Medical and sanitary report of the native army of Madras for the year
Year: 1872
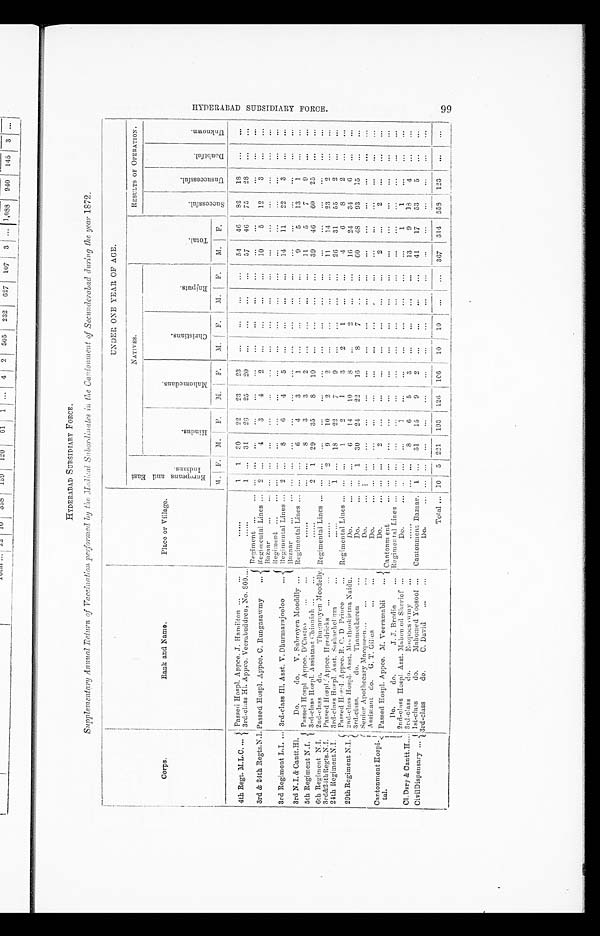
HYDERABAD SUBSIDIARY FORCE.
Supplementary Annual Return of Vaccination performed by the Medical Subordinates in the Cantonment of Secunderabad during the year 1872.
Corps.
Rank and Name.
Place or Village.
UNDER ONE YEAR OF AGE.
E u r o p e a n s a n d E a s t
I n d i a n s .
NATIVES.
T o t a l .
RESULTS OF OPERATION.
H i n d u s .
M a h o m e d a n s .
C h r i s t i a n s .
R a j p u t s .
S u c c e s s f u l .
U n s u c c e s s f u l .
D o u b t f u l .
U n k n o w n .
M .
F. M.
F .
M .
F .
M.
F .
M .
F .
M.
F.
4th Regt. M.L.C.
Passed Hospl. Appce. J. Hamilton
. . .
1
1
2 0
22
23
23
. . .
. . .
. . .
...
54
46
82
18
. . .
. . .
3rd-class Hl. Appce. Veerabuddren, No. 800.
...
1 ... 31
26
25
20
...
. . .
. . .
. . .
57
46 75
28
. . .
. . .
3rd & 24th Regts.N.I.
Passed Hospl. Appce. C. Rungasawmy
Regiment
. . .
. . .
. . .
...
...
. . .
. . .
. . .
. . .
. . .
. . .
. . .
. . .
. . .
. . .
. . .
Regimental Lines
2 ...
4
3
4
2
. . .
. . .
. . .
. . .
10
5
12
3
. . .
. . .
Bazaar
... ...
. . .
...
...
...
. . .
. . .
. . .
. . .
...
...
...
...
. . .
. . .
3rd Regiment L.I.
3rd-class Hl. Asst. V. Dhurmarajooloo
Regiment ... ...
...
. . .
...
. . .
. . .
. . .
. . .
. . .
. . .
. . .
. . .
. . .
. . .
. . .
Regimental Lines
2
. . .
8
6
4
5
. . .
. . .
. . .
. . .
14
11
22
3
. . .
...
Bazaar
...
. . .
. . .
. . .
. . .
. . .
. . .
. . .
. . .
. . .
. . .
. . .
...
. . .
. . .
. . .
. . .
3rd N. I. & Cantt.H1.
Do.
do. V. Subroyen Mooddly
Regimental Lines
... ...
6
4
3
1
. . .
. . .
. . .
. . .
9
5
13
1
. . .
. . .
5th Regiment N.I.
Passed Hospl. Appce. D'Castro
. . . ... ...
8
3
3
2
. . .
. . .
. . .
. . .
11.
5
7
9
. . .
. . .
3rd-class Hospl. Assistant Chianiah
. . . 2 1 29
35
8
10
. . .
. . .
. . .
...
39
46
60
25
. . .
. . .
6th Regiment N.I. 2nd-class
do.
Thagaroyen Moodelly. Regimental Lines
. . .
. . .
. . .
. . .
. . .
. . .
. . .
. . .
. . .
. . .
. . .
. . .
. . .
. . .
. . .
. . .
3rd&24thRegts.N.I. Passed Hospl. Appce. Hendricks
. . . ... 2
9
10
2
2
...
...
...
...
1 1
14
23
2
. . .
...
24th RegimentN.I. 3rd-class Hospl. Asst. Sashachellum
. . . 1 ... 18
22
7
9
. . .
. . .
. . .
...
26
31
55
2
...
...
29th Regiment N.I.
Passed Hospl. Appce. R. C. D Prince
Regimental Lines
...
. . .
1
2
1
3
2
1
. .
. . .
4
6
8
2
. . .
. . .
2nd-class Hospl. Asst. Moothookistna Naidu.
Do.
...
. . .
6
14
10
8
. . .
2
. . .
. . .
16
24
34
6
. . .
. . .
3rd-class.
do.
Thamotheren
Do.
. . .
1 30
24
22
16
8
7
. . .
. . .
60
48
93
15
. . .
...
Cantonment Hospi-
tal.
Senio Apothecary Macqueen
Do.
. . .
. . .
. . .
. . .
. . .
. . .
. . .
. . .
. . .
. . .
. . .
. . .
. . .
. . .
. . .
. . .
Assistant do. G. T. Gilles
Do.
... ...
...
...
. . .
...
. . .
. . .
. . .
. . .
. . .
. . .
. . .
. . .
. . .
. . .
Passed Hospl. Appce. M. Veeramabli
Do.
. . .
. . .
2
. . .
...
...
. . .
. . .
...
...
2
...
2
...
. . .
...
Cantonment
... ...
. . .
. . .
. . .
. . .
. . .
. . .
. . .
. . .
. . .
. . .
. . .
. . .
. . .
. . .
Do.
do.
J. J. Brodie
Regimental Lines
. . .
. . .
. . .
. . .
. . .
. . .
. . .
. . .
. . .
. . .
. . .
. . .
. . .
. . .
. . .
. . .
2nd-class Hospl. Asst. Mahomed Sherief
Do.
... ...
. . .
1
...
. . .
. . .
. . .
. . .
...
...
1
1
. . .
. . .
. . .
Cl.Dsry & Cantt.H. 3rd-class
do.
Eoopoosawmy
. . .
. . .
. . .
8
6
5 3
. . .
. . .
. . .
. . .
13
9
18
4
. . .
. . .
CivilDispensary
1st-class
do.
Mahomed Yoosoof
Cantonment Bazaar. 1
. . .
31
15
9
2
...
. . .
. . .
. . .
41
17
53
5
. . .
. . .
3rd-class
do.
C. David
Do.
. . .
...
...
. . .
...
. . .
. . .
. . .
. . .
. . .
. . .
. . .
. . .
. . .
. . .
. . .
T
o t a l 10 5 221 193 126 106
10
10
. . .
... 367 314 558 123
...
...